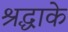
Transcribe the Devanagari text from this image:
श्रद्धाके